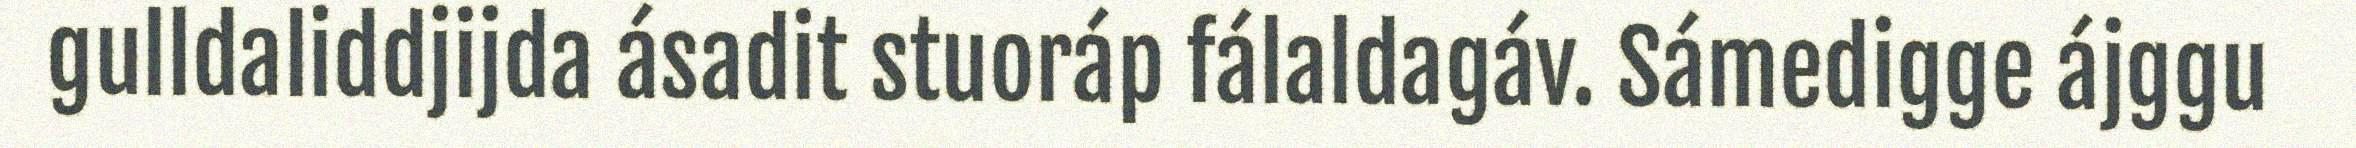
gulldaliddjijda ásadit stuoráp fálaldagáv. Sámedigge ájggu